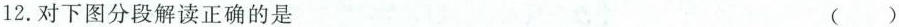
12.对下图分段解读正确的是 ()